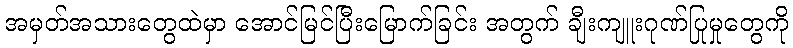
အမှတ်အသားတွေထဲမှာ အောင်မြင်ပြီးမြောက်ခြင်း အတွက် ချီးကျူးဂုဏ်ပြုမှုတွေကို